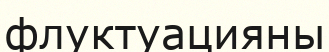
флуктуацияны